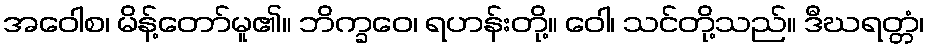
အဝေါစ၊ မိန့်တော်မူ၏။ ဘိက္ခဝေ၊ ရဟန်းတို့။ ဝေါ၊ သင်တို့သည်။ ဒီဃရတ္တံ၊